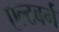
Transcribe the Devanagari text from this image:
एल्टबर्ग